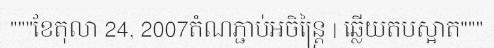
"""ខែតុលា 24, 2007តំណភ្ជាប់អចិន្ត្រៃ | ឆ្លើយតបស្អាត"""